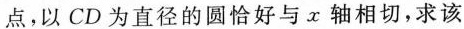
点，以CD为直径的圆恰好与x轴相切，求该